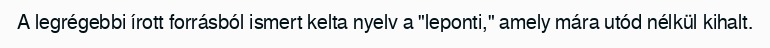
A legrégebbi írott forrásból ismert kelta nyelv a "leponti," amely mára utód nélkül kihalt.